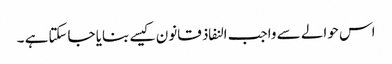
اس حوالے سے واجب النفاذ قانون کیسے بنایا جاسکتاہے ۔